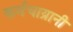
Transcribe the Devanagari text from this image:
कर्मचाय्रानी